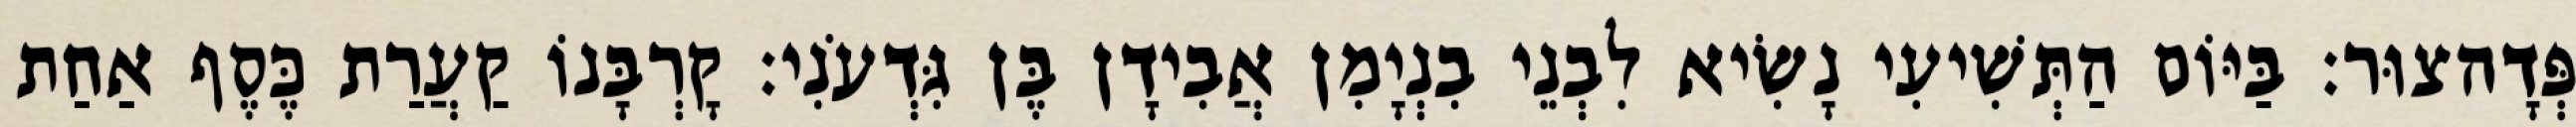
פְּדָהצוּר׃ בַּיּוֹם הַתְּשִׁיעִי נָשִׂיא לִבְנֵי בִנְיָמִן אֲבִידָן בֶּן גִּדְעֹנִי׃ קָרְבָּנוֹ קַעֲרַת כֶּסֶף אַחַת